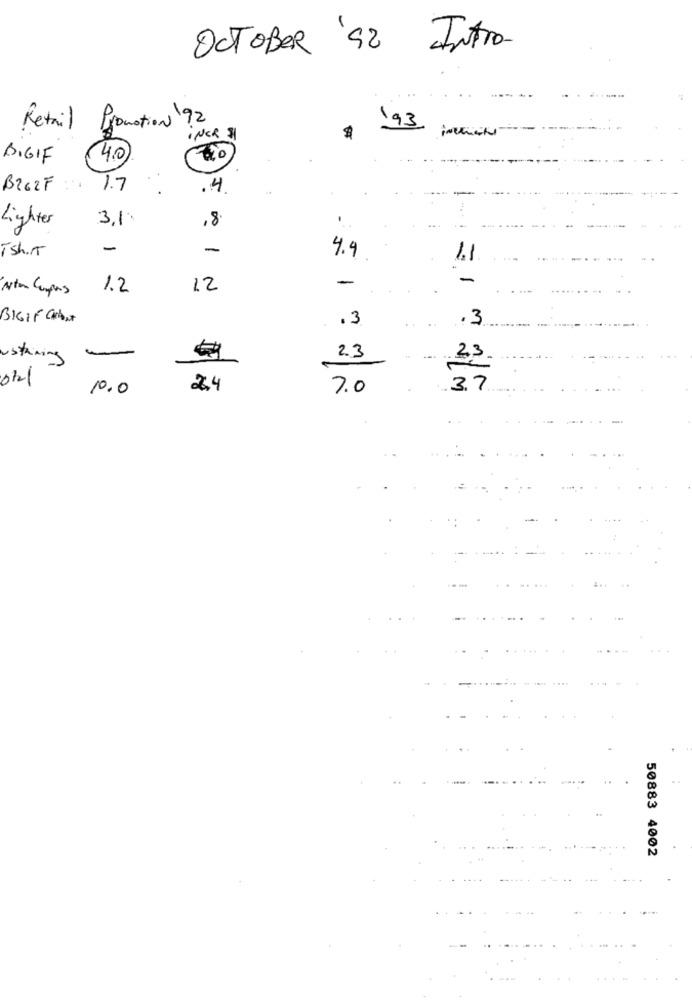
OCTOBER 92 Intro-
Retail Promotion 92
193
INCR $
BIGIF
4.0
BrezF :. 1.7
.4.
31.
,8
-
Lighter
Tsh.5
-
-
4.9
1.1
-
-
Atom Compens
1.2
12
BIGIF CARDONA
.3
.3
ustaining
€
2.3
23
10.0
2.4
7.0
3.7
50883 4002